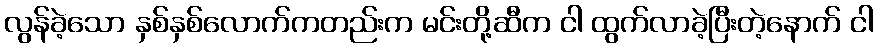
လွန်ခဲ့သော နှစ်နှစ်လောက်ကတည်းက မင်းတို့ဆီက ငါ ထွက်လာခဲ့ပြီးတဲ့နောက် ငါ